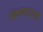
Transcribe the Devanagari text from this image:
विमानचालको